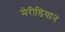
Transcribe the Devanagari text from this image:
मेरीडियान